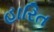
હારિત